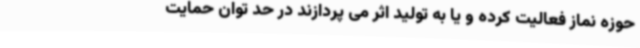
حوزه نماز فعالیت کرده و یا به تولید اثر می پردازند در حد توان حمایت